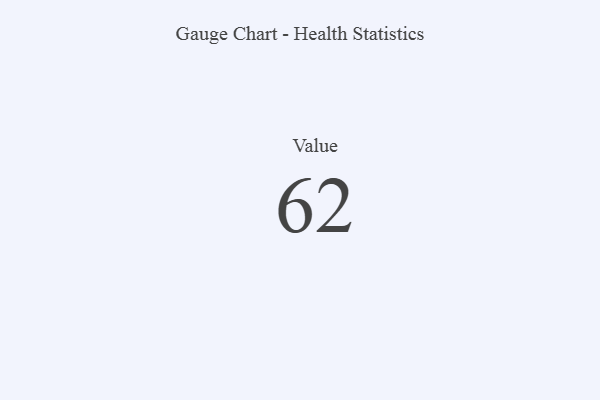
{"axis": {"x": "Metric", "y": "Value"}, "legend": [""], "data": [{"x": "Value", "y": 62, "type": ""}]}